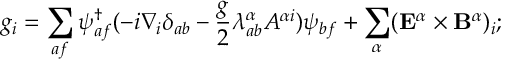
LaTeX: g _ { i } = \sum _ { a f } \psi _ { a f } ^ { \dagger } ( - i \nabla _ { i } \delta _ { a b } - \frac g 2 \lambda _ { a b } ^ { \alpha } A ^ { \alpha i } ) \psi _ { b f } + \sum _ { \alpha } ( { \bf E } ^ { \alpha } \times { \bf B } ^ { \alpha } ) _ { i } ;